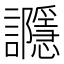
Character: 讔